Lunatic asylums Central Provinces reports 1895-1909 - 1895-1909
Year: 1895
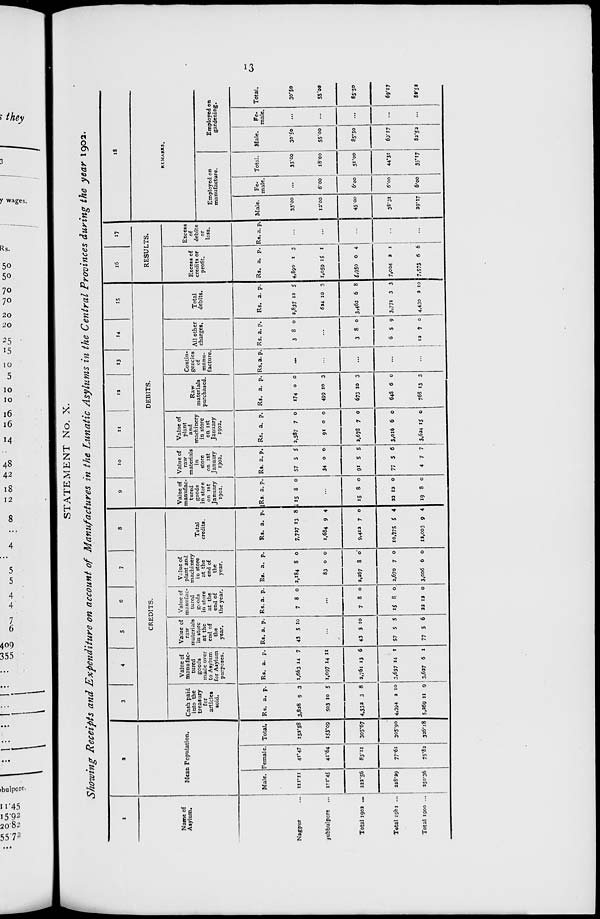
13
STATEMENT No. X.
Showing Receipts and Expenditure on account of Manufactures in the Lunatic Asylums in the Central Provinces during the year 1902.
1
Name of
Asylum.
Nagpur ...
Jubbulpore ...
Total 1902 ...
Total 1901 ...
Total 1900 ...
2
Mean Population.
Male.
111.11
111.45
222.56
228.39
250.36
Female.
41.47
41.64
83.11
77.61
75.82
Total.
152.58
153.09
305.67
305.90
326.18
3
4
5
6
7
8
CREDITS.
Cash paid
into the
treasury
for
articles
sold.
Rs.
3,828
503
4,332
4,394
5,269
a.
9
10
3
2
11
p.
3
5
8
10
9
Value of
manufac-
tured
goods
made over
to Asylum
for Asylum
purposes.
Rs.
1,663
1,097
2,761
3,637
3,637
a.
14
14
13
14
6
p.
7
11
6
1
1
Value of
raw
materials
in store
at the
end of
the
year.
Rs.
43
a.
5
p.
10
...
43
57
77
5
5
5
10
5
6
Value of
manufac-
tured
goods
in store
at the
end of
the year.
Rs.
7
a.
8
p.
0
...
7
15
32
8
8
12
0
0
0
Value of
plant and
machinery
in store
at the
end of
the
year.
Rs.
2,184
83
2,267
2,670
3,006
a.
8
0
8
7
6
p.
0
0
0
0
0
Total
credits.
Rs.
7,727
1,684
9,412
10,775
12,003
a.
13
9
7
5
9
p.
8
4
0
4
4
9
10
11
12
13
14
15
DEBITS.
Value of
manufac-
tured
goods
in store
on 1st
January
1902.
Rs.
15
a.
8
p.
0
...
15
22
19
8
12
8
0
0
0
Value of
raw
materials
in
store
on 1st
January
1902.
Rs.
57
34
91
77
4
a.
5
0
5
5
7
p.
5
0
5
6
7
Value of
plant
and
machinery
in store
on 1st
January
1902.
Rs.
2,587
91
3,678
3,016
3,624
a.
7
0
7
6
15
p.
0
0
0
0
0
Raw
materials
purchased.
Rs.
174
499
673
648
768
a.
0
10
10
6
13
p.
0
3
3
0
3
Contin-
gencies
of
manu-
facture.
Rs. a. p.
...
...
...
...
...
All other
charges.
Rs.
3
a.
8
p.
0
...
3
6
12
8
5
7
0
9
0
Total
debits.
Rs.
2,837
634
3,462
3,771
4,430
a.
12
10
6
3
2
p.
5
3
8
3
10
16
17
RESULTS.
Excess of
credits or
profit.
Rs.
4,890
1,059
5,950
7,004
7,573
a.
1
15
0
2
6
p.
3
1
4
1
6
Excess
of
debits
or
loss.
Rs. a. p.
...
...
...
18
REMARKS.
Employed on
manufacture.
Male.
33.00
12.00
45.00
38.31
39.17
Fe-
male.
...
6.00
6.00
6.00
6.00
Total.
33.00
18.00
51.00
44.31
35.17
Employed on
gardening.
Male.
30.50
55.00
85.50
69.17
82.52
Fe-
male.
...
...
...
...
...
Total.
30.50
55.00
85.50
69.17
82.52